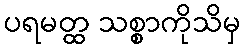
ပရမတ္ထ သစ္စာကိုသိမှ